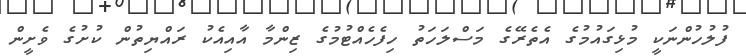
ފުލުހުންނަކީ މުޅިގައުމުގެ އެތެރޭގެ މަސްލަހަތު ހިފެހެއްޓުމުގެ ޒިންމާ އާއިއެކު ރައްޔިތުން ކުށުގެ ވެށީން